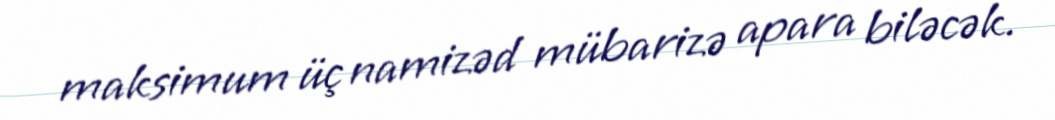
maksimum üç namizəd mübarizə apara biləcək.